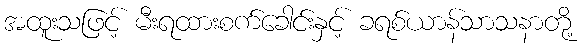
အထူးသဖြင့် မီးရထားစက်ခေါင်းနှင့် ခရစ်ယာန်သာသနာတို့